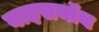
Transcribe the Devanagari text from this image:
वाइसयॉय